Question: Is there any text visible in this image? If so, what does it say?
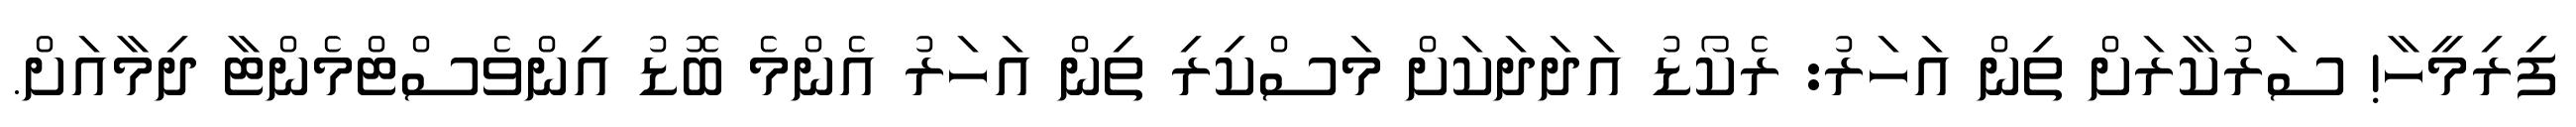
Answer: ފިރިމީހާ! ސަރުކާރަށް ތިން އަހަރު: ރެކޯޑު އަދަދަކަށް މަސްކިރި ތިން އަހަރު އެންމެ ބޮޑު އިންވެސްޓްމެންޓާ ދިމާއަށް.